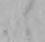
ニ